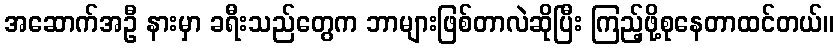
အဆောက်အဦ နားမှာ ခရီးသည်တွေက ဘာများဖြစ်တာလဲဆိုပြီး ကြည့်ဖို့စုနေတာထင်တယ်။